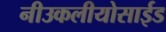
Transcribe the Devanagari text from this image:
नीउकलीयोसाईड